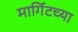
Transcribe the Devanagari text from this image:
मार्गिटच्या